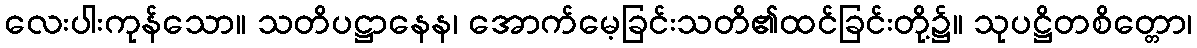
လေးပါးကုန်သော။ သတိပဋ္ဌာနေန၊ အောက်မေ့ခြင်းသတိ၏ထင်ခြင်းတို့၌။ သုပဋ္ဌိတစိတ္တော၊